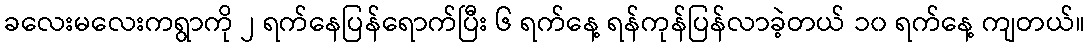
ခလေးမလေးကရွာကို ၂ ရက်နေပြန်ရောက်ပြီး ၆ ရက်နေ့ ရန်ကုန်ပြန်လာခဲ့တယ် ၁၀ ရက်နေ့ ကျတယ်။